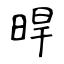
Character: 晘